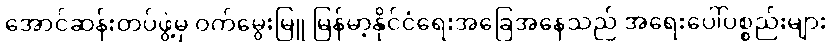
အောင်ဆန်းတပ်ဖွဲ့မှ ဝက်မွေးမြူ မြန်မာ့နိုင်ငံရေးအခြေအနေသည် အရေးပေါ်ပစ္စည်းများ